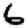
Digit: 6